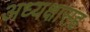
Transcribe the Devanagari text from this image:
अध्यक्षासह